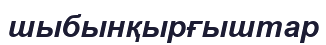
шыбынқырғыштар